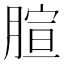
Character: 𦝻